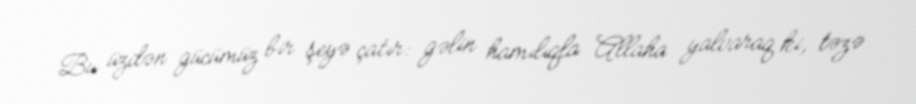
Bu üzdən gücümüz bir şeyə çatır: gəlin hamılıqla Allaha yalvaraq ki, təzə